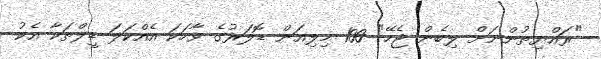
"ރައްޔިތުންނަށް ލިބެން ޖެހޭ" 100 މިލިއަން ޑޮލަރުގެ ވާހަކަ އެއްކަލަ ޑީލްތަކާ އެކު